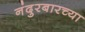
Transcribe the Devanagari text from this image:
नंदुरबारच्या